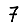
Digit: 7